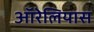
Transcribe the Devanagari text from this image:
ऑरेलियास